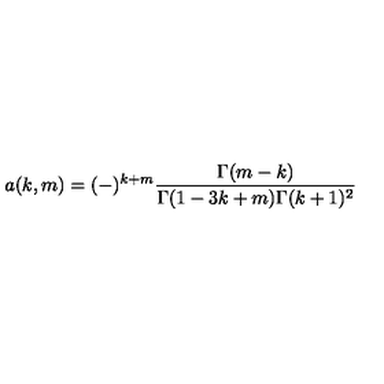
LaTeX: a ( k , m ) = ( - ) ^ { k + m } \frac { \Gamma ( m - k ) } { \Gamma ( 1 - 3 k + m ) \Gamma ( k + 1 ) ^ { 2 } }